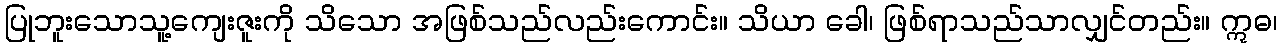
ပြုဘူးသောသူ့ကျေးဇူးကို သိသော အဖြစ်သည်လည်းကောင်း။ သိယာ ခေါ၊ ဖြစ်ရာသည်သာလျှင်တည်း။ ဣဓ၊